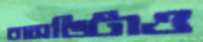
বাসভিটাও